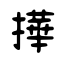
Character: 撶